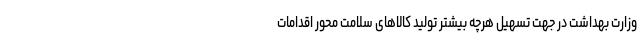
وزارت بهداشت در جهت تسهیل هرچه بیشتر تولید کالاهای سلامت محور اقدامات